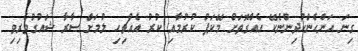
ގިނަ އަންހެންކުދިންނެެކޭ އެއްގޮތަށް މޭކަޕު ކުރުމާއި ކުރު އެއްޗިހި ލުމަށް ސާރާ ޝައުގުވެރިވި